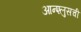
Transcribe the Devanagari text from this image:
आन्श्लुसची